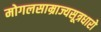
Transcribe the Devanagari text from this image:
मोगलसाम्राज्यसूत्रधारो